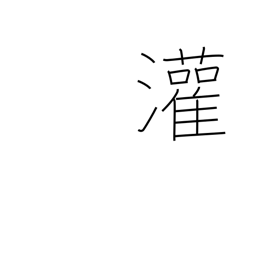
Meaning: pour